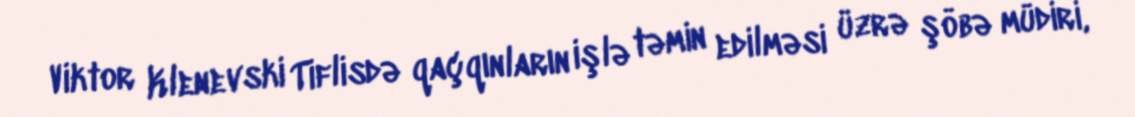
Viktor Klenevski Tiflisdə qaçqınların işlə təmin edilməsi üzrə şöbə müdiri,